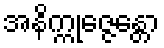
အနိက္ကုဇ္ဇေန္တော